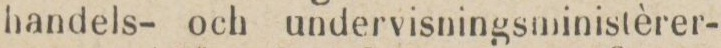
handels- och undervisningsministèrer-